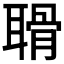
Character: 𦖼